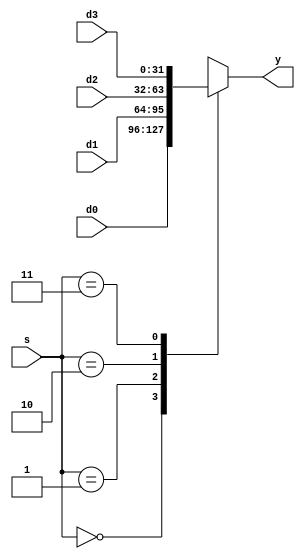
module mux4 #(
    parameter WIDTH = 32
) 
(
    input wire [WIDTH-1 : 0] d0,
    input wire [WIDTH-1 : 0] d1,
    input wire [WIDTH-1 : 0] d2,
    input wire [WIDTH-1 : 0] d3,
    input wire [1 : 0]        s,
    output reg [WIDTH-1 : 0]  y
);
    always @(*) begin
        case (s)
            2'b00 : y = d0;
            2'b01 : y = d1;
            2'b10 : y = d2;
            2'b11 : y = d3;
            default: y = 32'bx;
        endcase
    end
    
endmodule